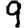
Digit: 9